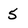
Character: 5